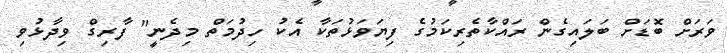
ވަރަށް ބޮޑަށް ބަލައިގެން ރައްކާތެރިކަމުގެ ފިޔަވަޅުތަކާ އެކު ހިދުމަތް މިދެނީ" ފާރިގް ވިދާޅުވި